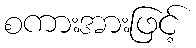
စကားအားဖြင့်